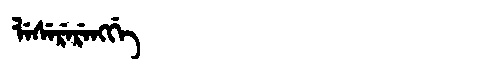
Manchu: ᠯᡝᠰᡝᡵᡝᡵᡝᠩᡤᡝ
Romanization: LESERERENGGE